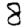
Digit: 8